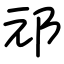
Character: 邧